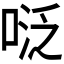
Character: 𭈠